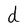
Character: d